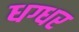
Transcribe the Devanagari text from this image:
धग्धर